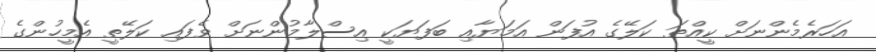
އަހަރެމެންނަށް ކީއްތަ ކަލޭގެ އުފަން އަމަޔާއި ބަފަޔަކީ އިސްލާމުންނަށް ވެފައި ކަލޭތީ އެމީހުންގެ